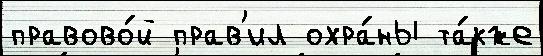
правово́й прав'ил охра́ны та́кже